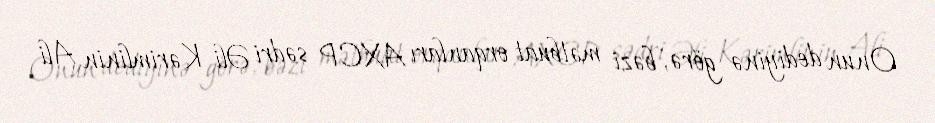
Onun dediyinə görə, bəzi mətbuat orqanları AXCP sədri Əli Kərimlinin Ali